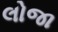
લોજા